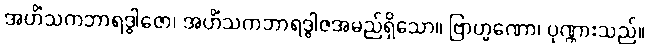
အဟိံသကဘာရဒွါဇော၊ အဟိံသကဘာရဒွါဇအမည်ရှိသော။ ဗြာဟ္မဏော၊ ပုဏ္ဏားသည်။